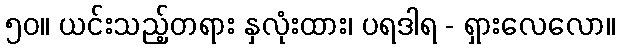
၅၀။ ယင်းသည့်တရား နှလုံးထား၊ ပရဒါရ - ရှားလေလော။